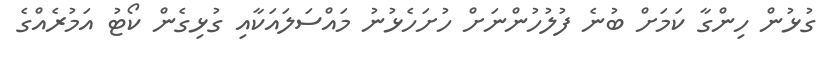
ގުޅުން ހިންގާ ކަމަށް ބުނެ ފުލުހުންނަށް ހުށަހެޅުނު މައްސަލައަކާއި ގުޅިގެން ކޯޓު އަމުރެއްގެ